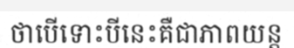
ថាបើទោះបីនេះគឺជាភាពយន្ត